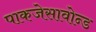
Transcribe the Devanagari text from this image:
पाकजेसावोन्ड